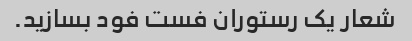
شعار یک رستوران فست فود بسازید.